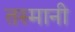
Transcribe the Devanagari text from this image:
तस्मानी